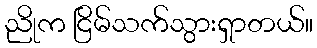
ညိုက ငြိမ်သက်သွားရှာတယ်။